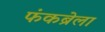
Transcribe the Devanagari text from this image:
फंकब्रेला